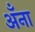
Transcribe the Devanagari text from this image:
अँना